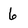
Character: 6